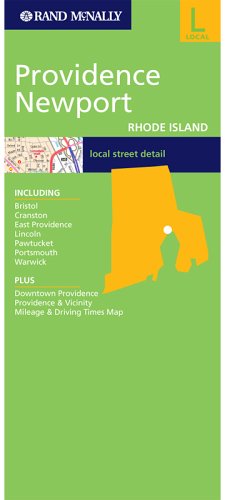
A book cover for Providence/Newport, Rhode Island: Including Bristol, Cranston, East Providence, Lincoln, Pawtucket, Portsmouth, Warwick (Rand McNally Folded Map: Cities); Rand McNally and Company; Travel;